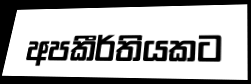
අපකීර්තියකට